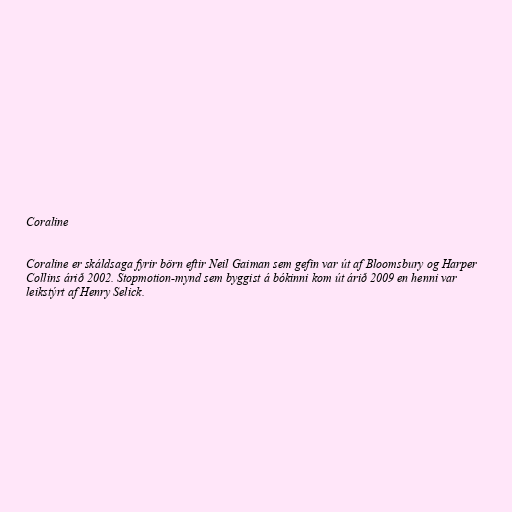
Coraline

Coraline er skáldsaga fyrir börn eftir Neil Gaiman sem gefin var út af Bloomsbury og Harper
Collins árið 2002. Stopmotion-mynd sem byggist á bókinni kom út árið 2009 en henni var
leikstýrt af Henry Selick.